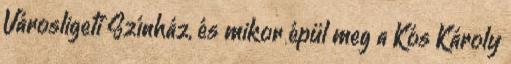
Városligeti Színház, és mikor épül meg a Kós Károly